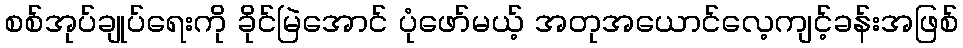
စစ်အုပ်ချုပ်ရေးကို ခိုင်မြဲအောင် ပုံဖော်မယ့် အတုအယောင်လေ့ကျင့်ခန်းအဖြစ်